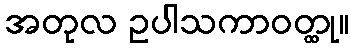
အတုလ ဥပါသကာဝတ္ထု။